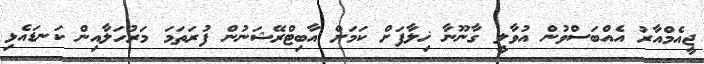
ޖީއެމްއާރު އެއްބަސްވުން އުވާލީ ގާނޫނާ ޚިލާފަށް ކަމަށް އާބިޓްރޭޝަނުން ފުރަތަމަ މަރުހަލާއިން ކަނޑައެޅި